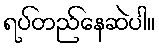
ရပ်တည်နေဆဲပါ။